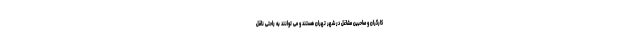
کارگران و صاحبین مشاغل در شهر تهران هستند و می توانند به راحتی ناقل